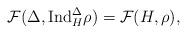
LaTeX: \begin{align*} \mathcal{F}(\Delta,\mathrm{Ind}_{H}^{\Delta}\rho)=\mathcal{F}(H,\rho),\end{align*}